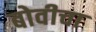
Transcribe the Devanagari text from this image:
बोवीचा